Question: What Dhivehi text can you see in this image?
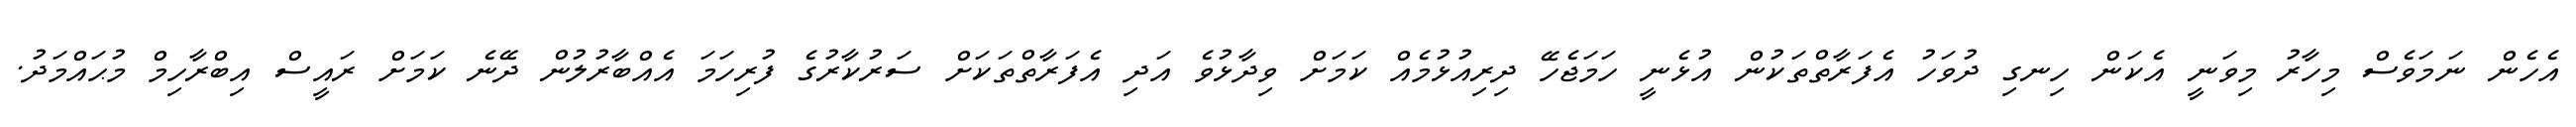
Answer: އެހެން ނަމަވެސް މިހާރު މިވަނީ އެކަން ހިނގި ދުވަހު އެފަރާތްތަކުން އުޅެނީ ހަމަޖެހޭ ދިރިއުޅުމެއް ކަމަށް ވިދާޅުވެ އަދި އެފަރާތްތަކަށް ސަރުކާރުގެ ފުރިހަމަ އެއްބާރުލުން ދޭނެ ކަމަށް ރައީސް އިބްރާހިމް މުޙައްމަދު.